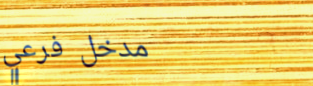
مدخل فرعي